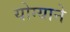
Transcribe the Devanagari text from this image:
योग्याने